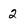
Character: 2